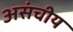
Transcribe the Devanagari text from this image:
असंचीय